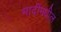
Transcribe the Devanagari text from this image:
मादींमधील